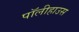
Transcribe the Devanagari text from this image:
पॉलीहाउस